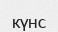
күнс